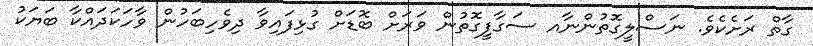
ގާތް ރަށެކެވެ. ނަސްލީގޮތުންނާއ ސަގާފީގޮތުން ވަރަށް ބޮޑަށް ގުޅިފައިވާ ދިވެހިބަހުން ވާހަކަދައްކާ ބަޔަކު